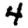
Digit: 4